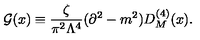
{ \cal G } ( x ) \equiv \frac { \zeta } { \pi ^ { 2 } \Lambda ^ { 4 } } ( \partial ^ { 2 } - m ^ { 2 } ) D _ { M } ^ { ( 4 ) } ( x ) .